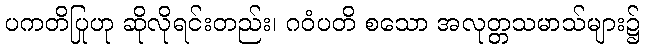
ပကတိပြုဟု ဆိုလိုရင်းတည်း၊ ဂဝံပတိ စသော အလုတ္တသမာသ်များ၌